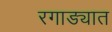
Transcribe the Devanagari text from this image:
रगाड्यात